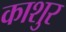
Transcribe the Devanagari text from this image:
काशुर